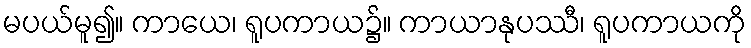
မပယ်မူ၍။ ကာယေ၊ ရူပကာယ၌။ ကာယာနုပဿီ၊ ရူပကာယကို